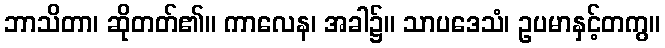
ဘာသိတာ၊ ဆိုတတ်၏။ ကာလေန၊ အခါ၌။ သာပဒေသံ၊ ဥပမာနှင့်တကွ။